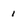
Character: 1